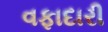
વફાદારી